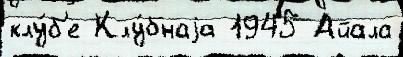
клу́б'е Клу́бнаjа 1945 Айала